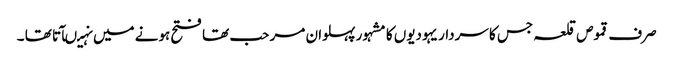
صرف قموص قلعہ جس کا سردار یہودیوں کا مشہور پہلوان مر حب تھا فتح ہونے میں نہیںآتا تھا ۔